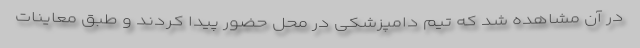
در آن مشاهده شد که تیم دامپزشکی در محل حضور پیدا کردند و طبق معاینات